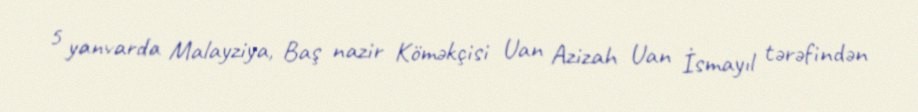
5 yanvarda Malayziya, Baş nazir Köməkçisi Uan Azizah Uan İsmayıl tərəfindən